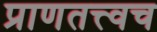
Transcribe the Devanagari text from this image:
प्राणतत्त्वच